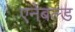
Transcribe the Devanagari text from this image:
एनेबल्ड